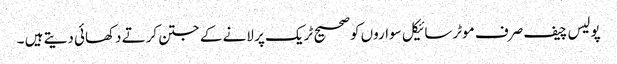
پولیس چیف صرف موٹرسائیکل سواروں کوصحیح ٹریک پر لانے کے جتن کرتے دکھائی دیتے ہیں ۔